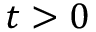
t > 0